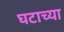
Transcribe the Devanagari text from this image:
घटाच्या